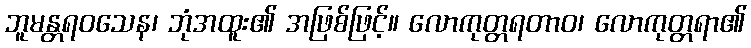
ဘူမန္တရဝသေန၊ ဘုံအထူး၏ အဖြစ်ဖြင့်။ လောကုတ္တရတာဝ၊ လောကုတ္တရာ၏